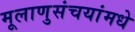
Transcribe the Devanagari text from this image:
मूलाणुसंचयांमधे